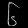
Digit: ၆